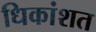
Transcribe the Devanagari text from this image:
धिकांशत